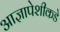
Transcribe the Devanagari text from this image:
आज्ञापेशीकडे